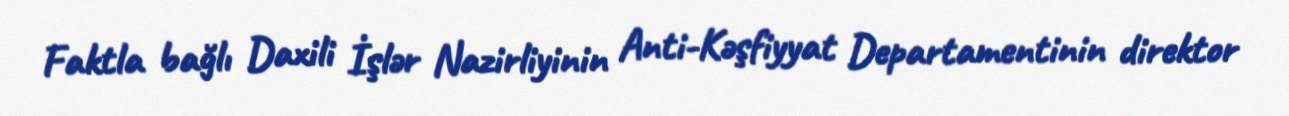
Faktla bağlı Daxili İşlər Nazirliyinin Anti-Kəşfiyyat Departamentinin direktor